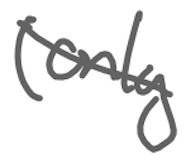
Text: (only
Cross-out: diagonal
Writing tool: digital_gray